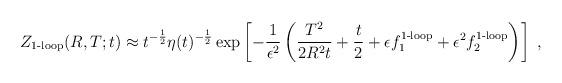
LaTeX: \begin{align*}Z_{\mbox{\scriptsize 1-loop}}(R,T;t) \approx t^{-{1\over 2}} \eta(t)^{-{1\over 2}}\exp \left[ - {1 \over \epsilon^2}\left( {T^2 \over 2R^2 t} + {t\over 2} + \epsilon f_1^{\mbox{\scriptsize 1-loop}} +\epsilon^2 f_2^{\mbox{\scriptsize 1-loop}} \right) \right]\;,\end{align*}